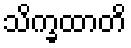
သိက္ခထာတိ